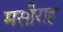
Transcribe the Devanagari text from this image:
मसीराह